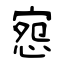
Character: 惌